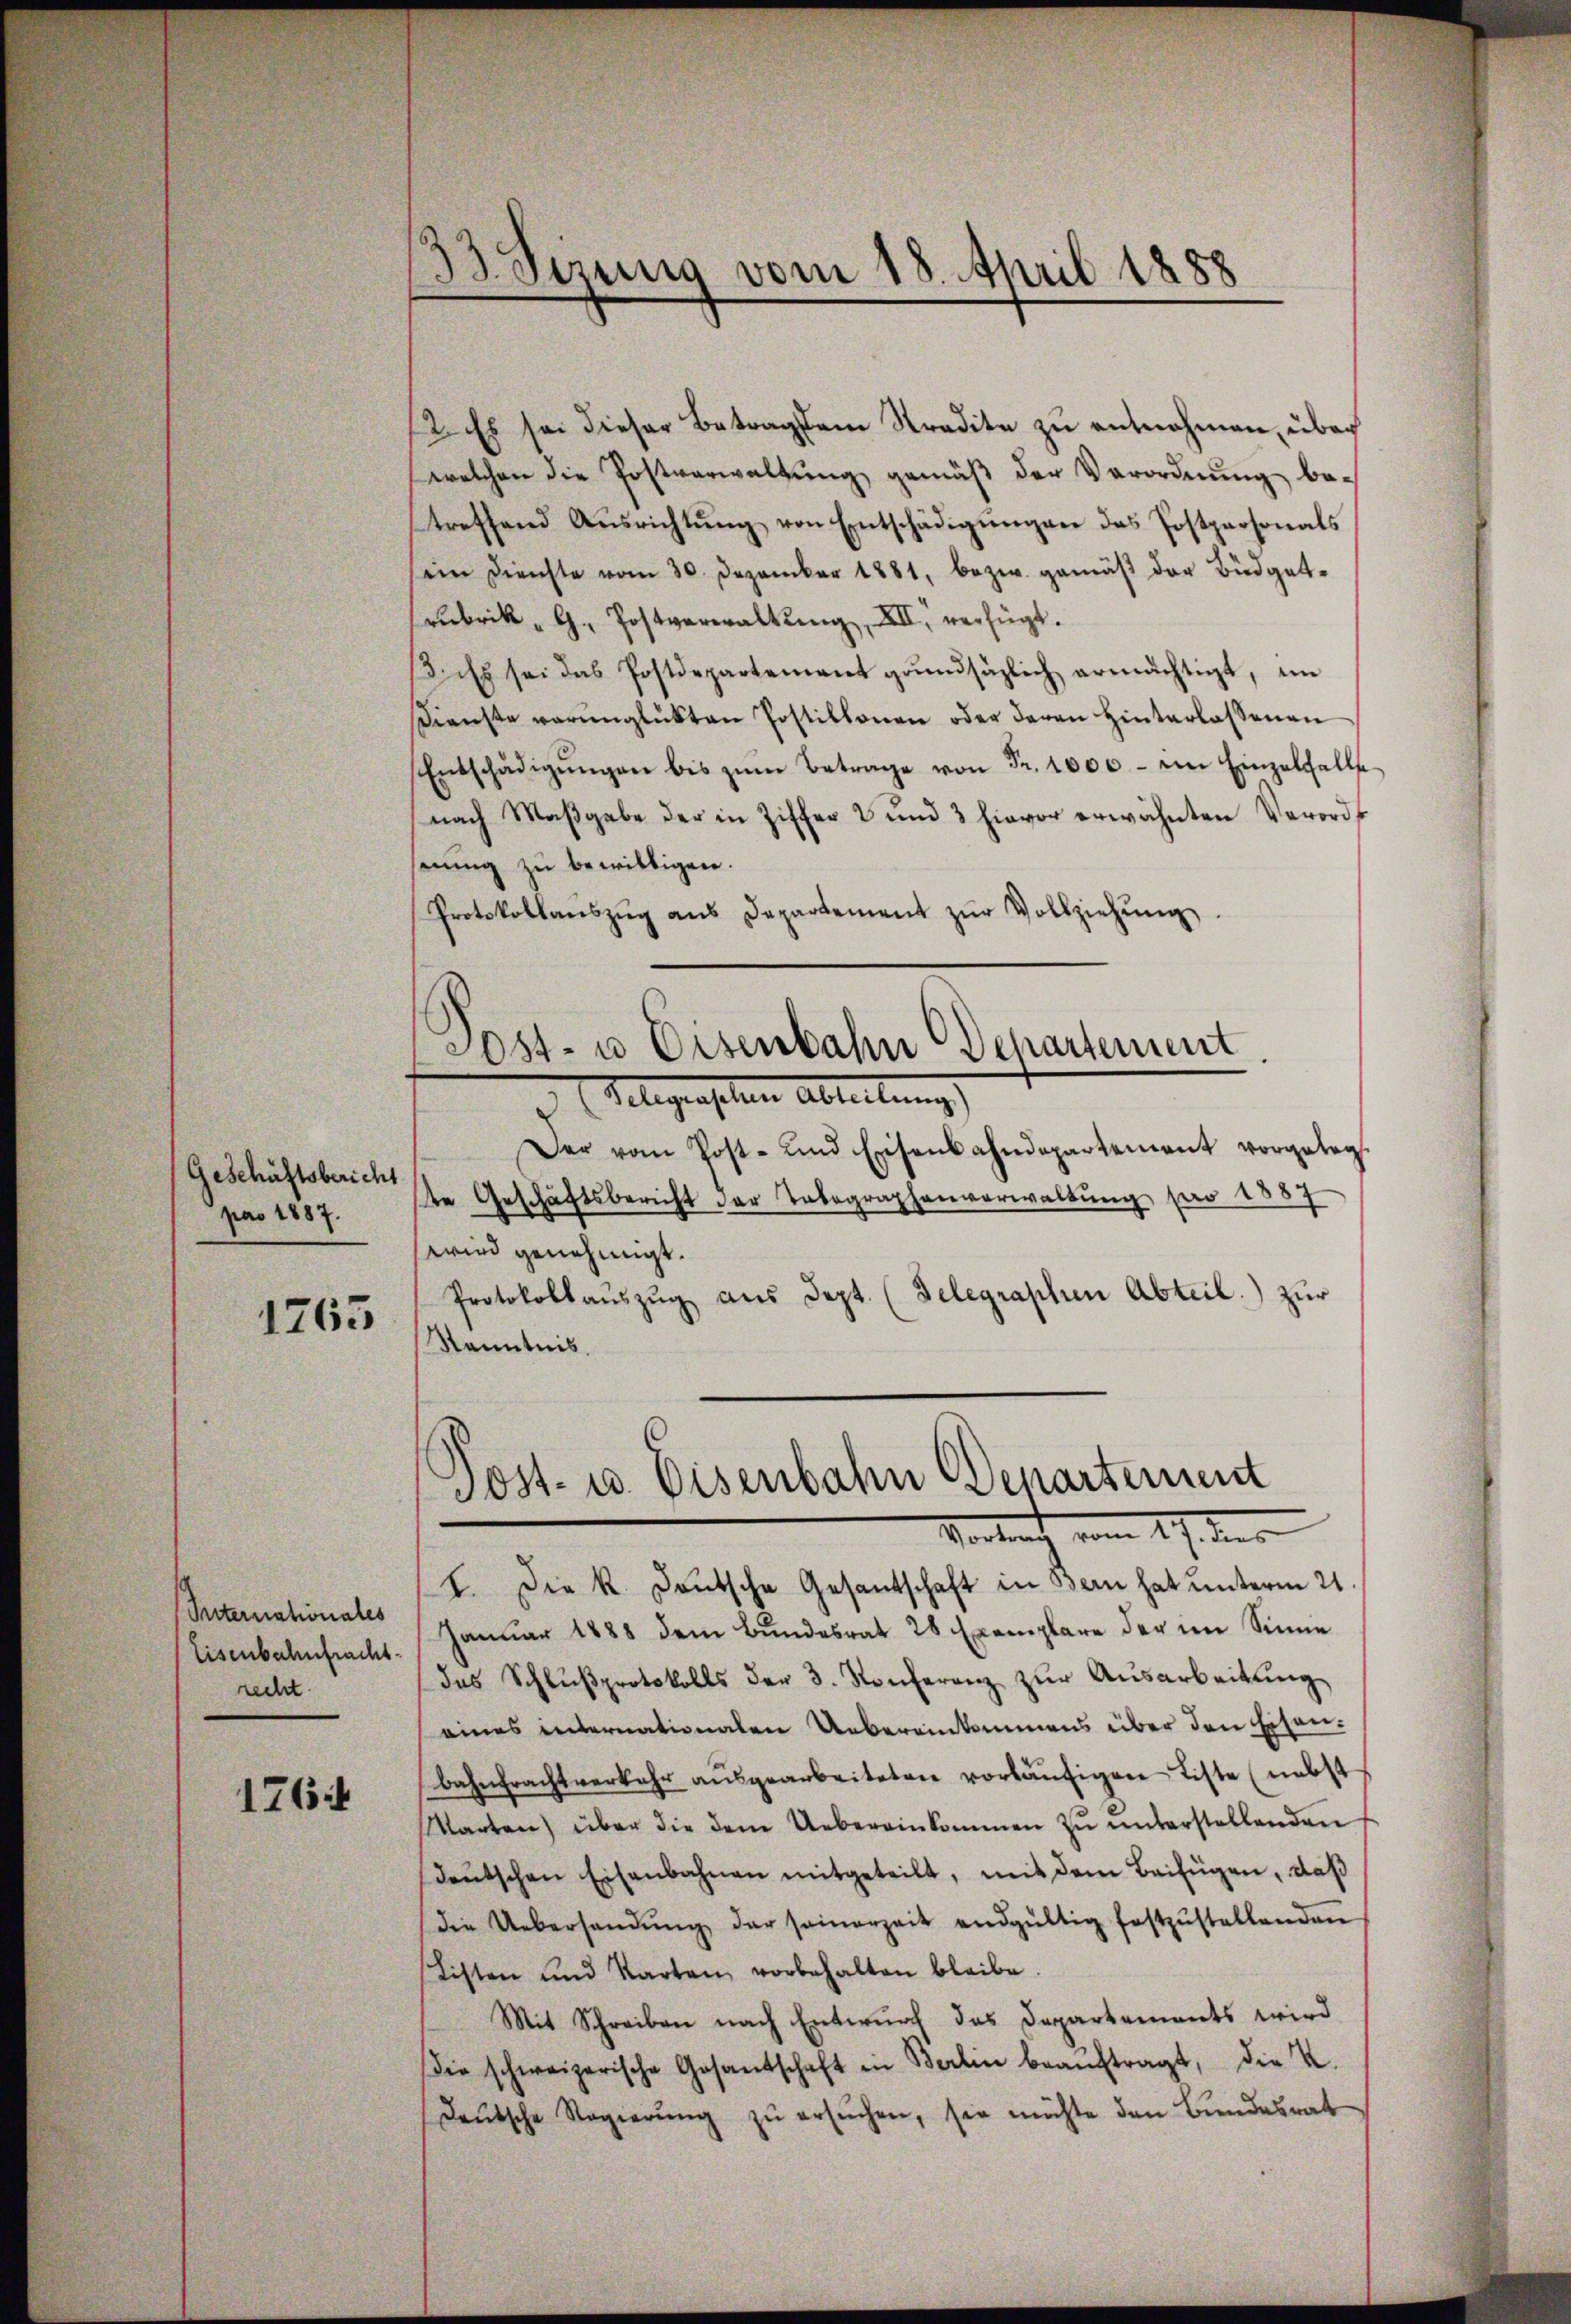
Geschäftsbericht
pao 1887.

1765

Suternationales
Eisenbahnfracht.
recht.

1764

33. Serung vom 18. April 1888

2. Es sei dieser Betragstem Stradite zu entnehmen, über
welchen die Postverwaltung gemäß der Verordnung betreffend Ausrichtung von Entschädigungen das Postpersonals
sein Dienste vom 30. Dezember 1881, bezw. gemäβ der Büdget-
rubrik " G. Postverwaltung, XII. verfügt.
3. Es sei das Postdepartement grŭndsätzlich ermächtigt, im
Dienste verunglückten Postillonen oder deren hinterlassenen
Entschädigŭngen bis zŭm Betrage von Fr. 1000.- in Einzelfalle
nach Maβgabe der in Ziffer 2 und 3 hievor erwähnten Verordserung zu bewilligen.
Protokollaŭszŭg ans Departement zŭr Vollziehŭng.
Sost- u Eisenbahn Departement.
 E Sigristen Abteilung
Der vom Post- und Eisenbahndepartement vorgeleg
te Geschäftsbericht der Tabegraphenverwaltŭng pro 1887
wird genehmigt.
Protokollaŭszŭg aŭs Sept. (Telegraphen Abteil) zur
Kenntnis.

Sost- u. Eisenbahn Departement
17 des

1. Die k. Deutsche Gesantschaft in Bern hat unterm 21.
Januar 1888 dem Bundesrat 28 Exemplare der im Sinne
das Schlŭβprotokolls der 3. Konferenz zŭr Aŭsarbeitŭng
eines internationalen Uebereinkommens über den Eisenbahnfrachtverkehr aŭsgearbeiteten vorläŭfigen Liste (nebst
Warten über die dem Uebereinkommen zŭ ŭnterstellenden
deŭtschen Eisenbahnen mitgeteilt, mit dem Beifügen, daβ
die Uebersandŭng der seinerzeit endgültig festzŭstellenden
Listen und Karten vorbehalten bleibe.
Mit Schreiben nach Entwurf das Departements wird
Die schweizerische Gesantschaft in Berlin beaŭftragt, die K.
deŭtsche Regierŭng zŭ ersŭchen, sie möchte den Bundesrat